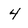
Character: 4